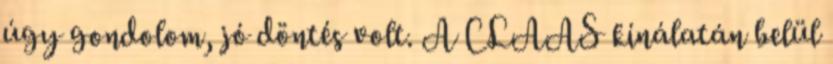
úgy gondolom, jó döntés volt. A CLAAS kínálatán belül